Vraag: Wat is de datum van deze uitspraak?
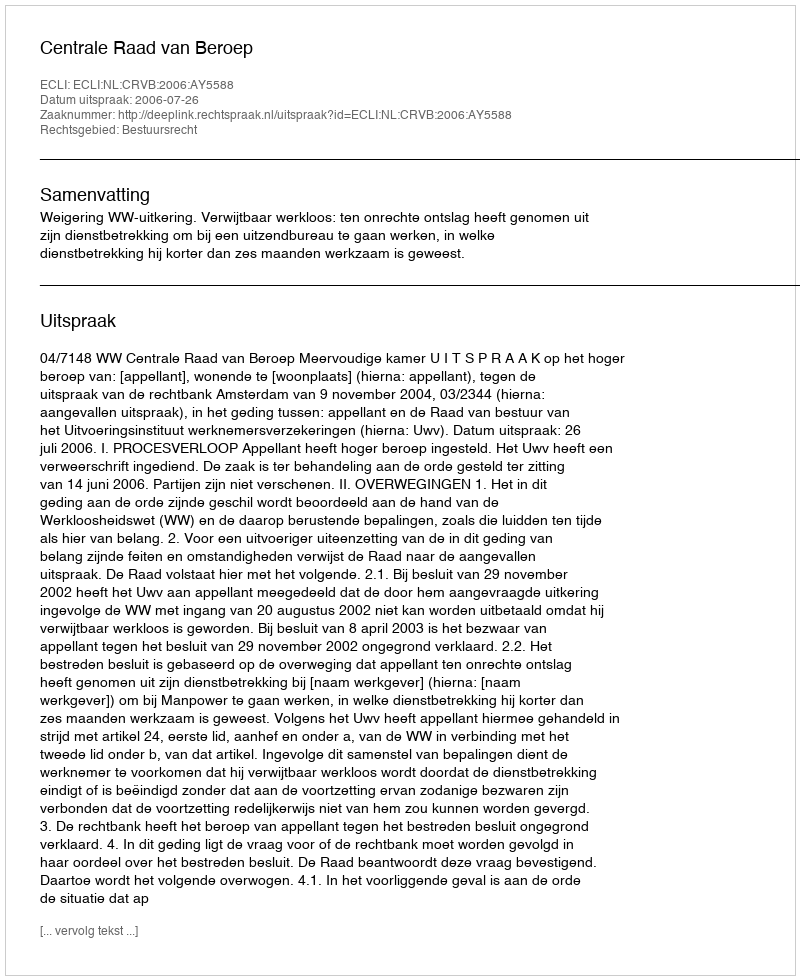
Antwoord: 2006-07-26